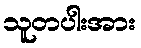
သူတပါးအား